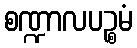
စဏ္ဍာလပဉ္စမံ